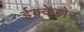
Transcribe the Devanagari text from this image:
ईक्वेडोर